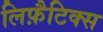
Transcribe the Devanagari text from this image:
लिफ़ैटिक्स